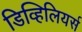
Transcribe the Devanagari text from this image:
डिव्हिलियर्स